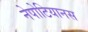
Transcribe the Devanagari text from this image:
नेपोटियानस